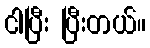
ငါပြီး ပြီးတယ်။